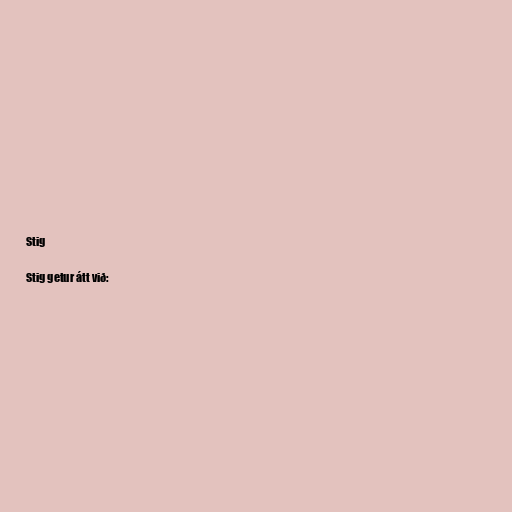
Stig

Stig getur átt við: